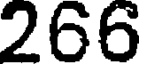
266